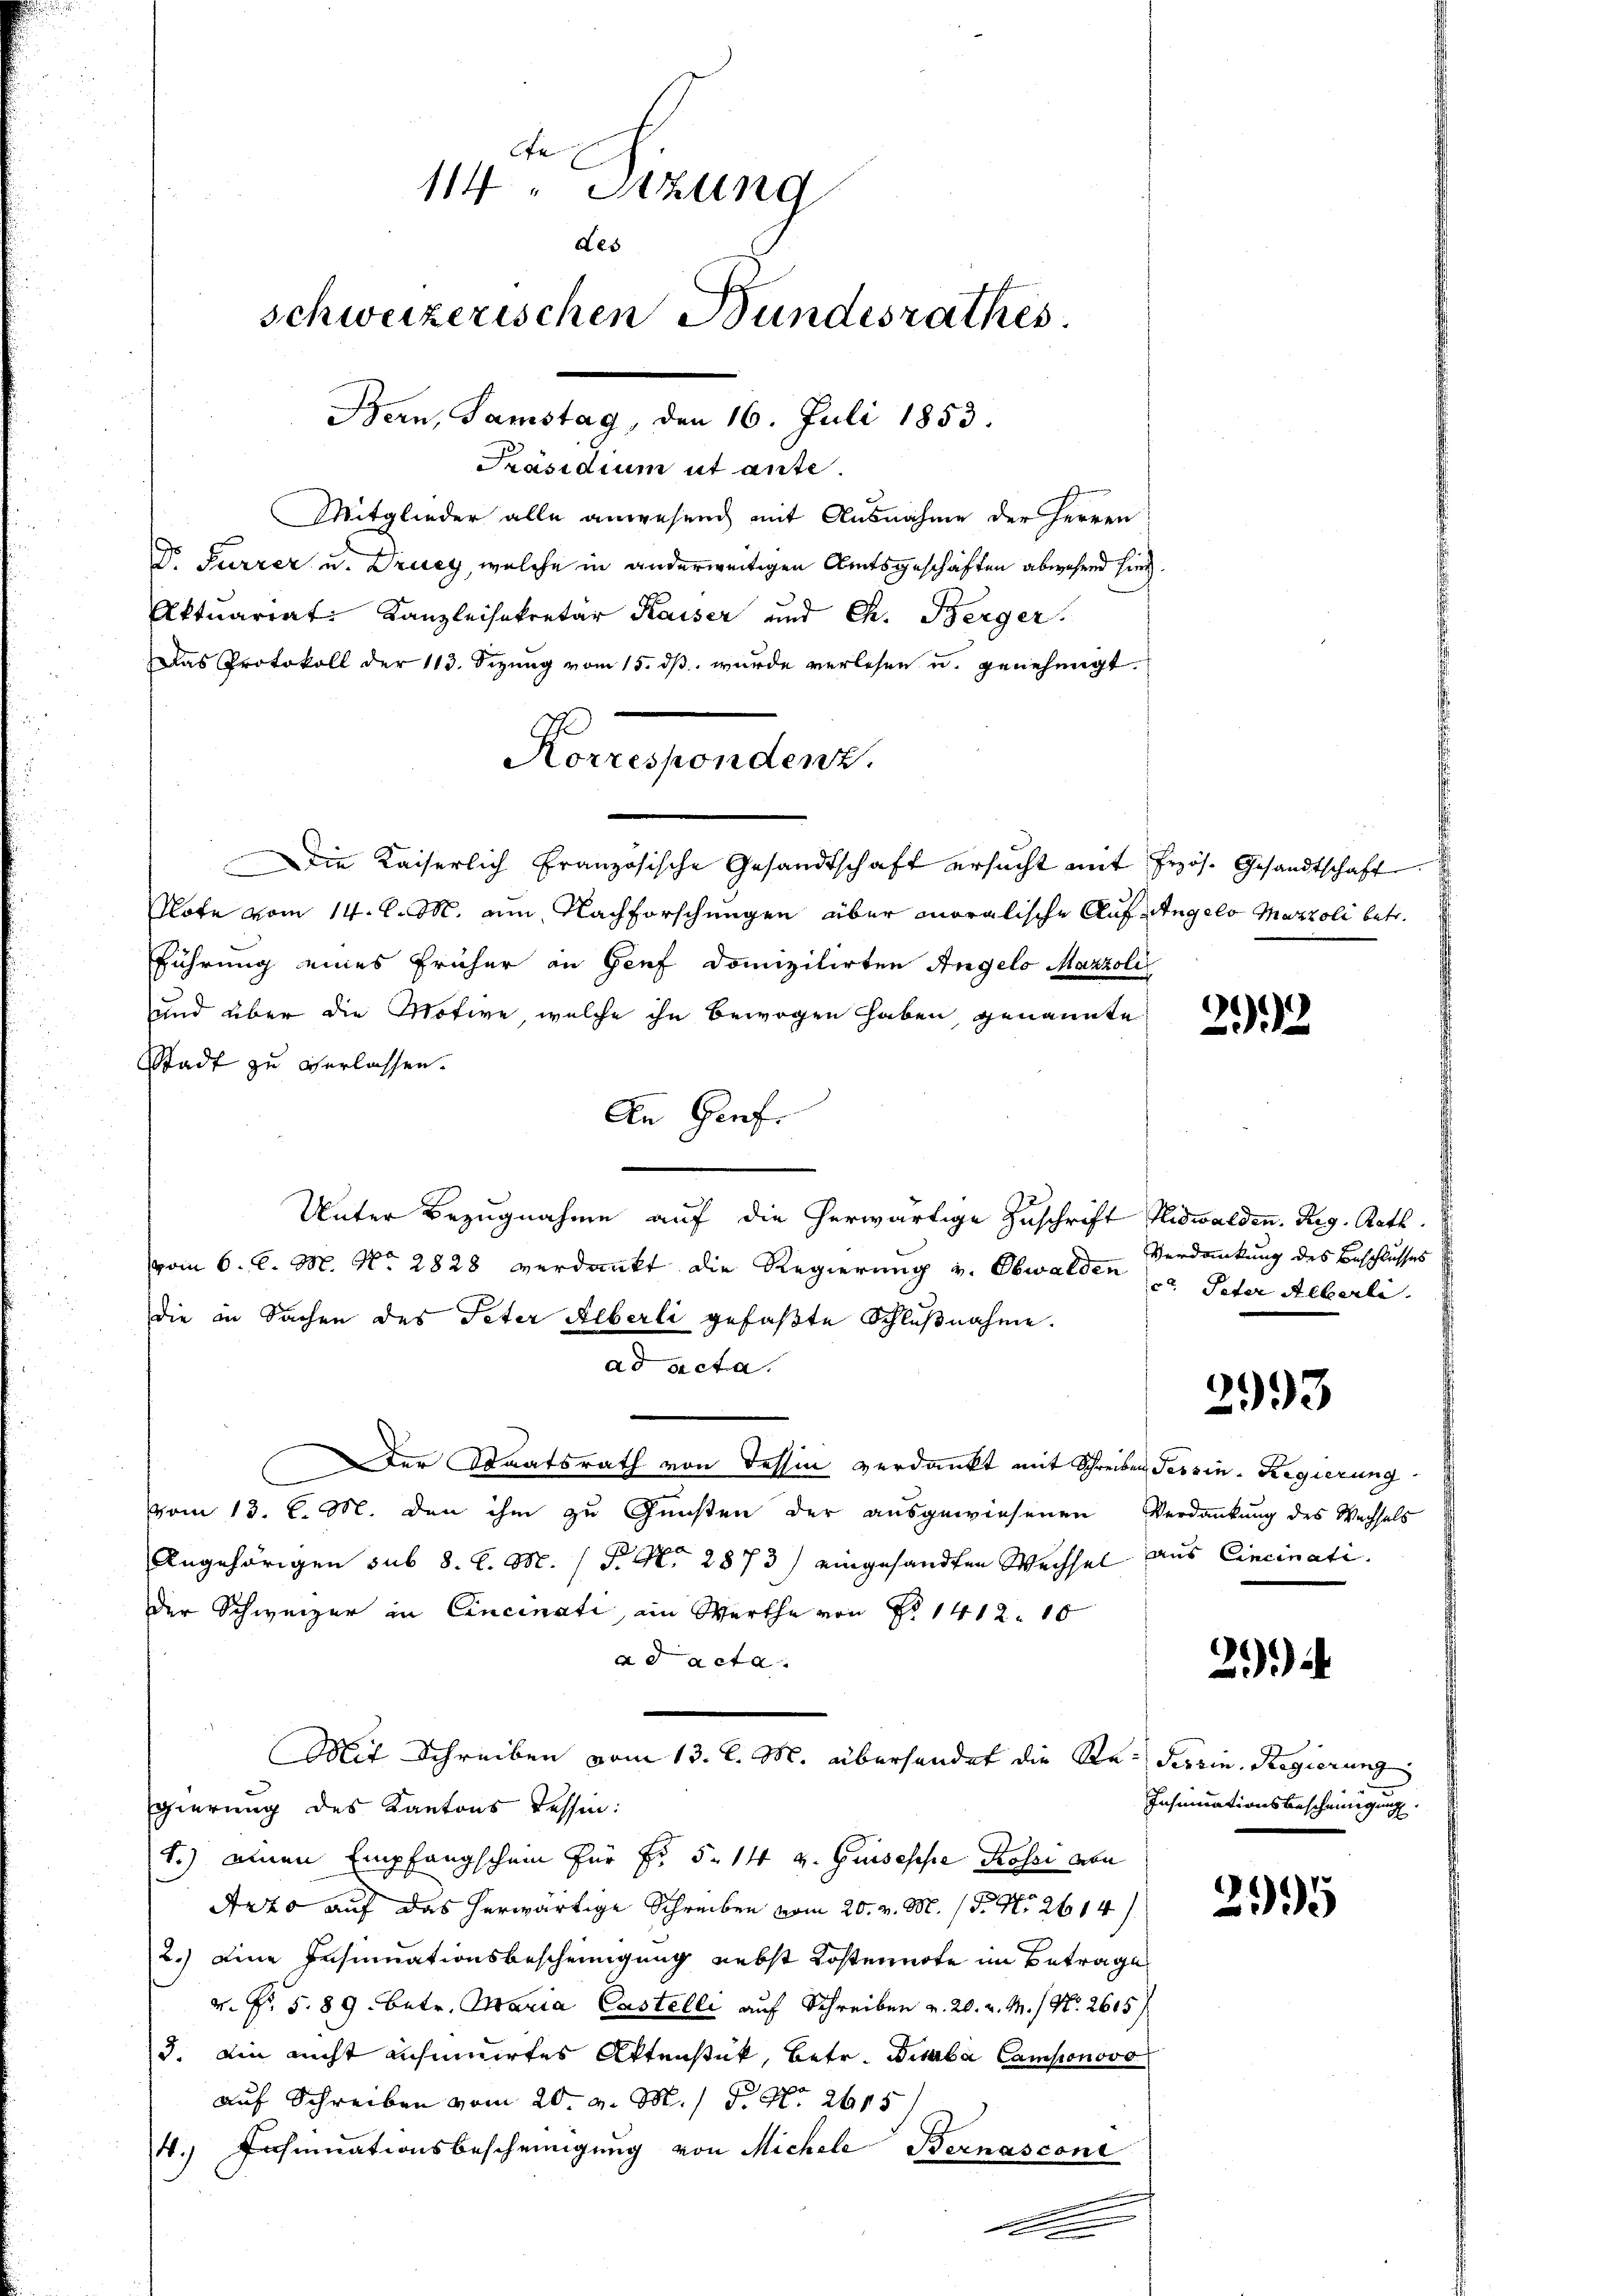
Präsidium ut ante.
Mitglieder alle anwesend mit Ausnahme der Herren
Dr. Furrer u. Druey, welche in anderweitigen Amtsgeschäften abwesend sind
Aktuariat Kanzleisekretär Kaiser und Ch. Berger.
das Protokoll der 113. Sizung vom 15. dß wurde verlesen u. genehmigt.
Note vom 14. d. M. am Nachforschungen über moralische Auf-Angelo Marzoli betr.
führung eines früher an Genf domizilirten Angelo Marzoll
und über die Motive, welche ihn bewogen haben, genannte
Stadt zu verlassen.
An Genf.
Unter Bezugnahme auf die herwärtige Zuschrift Nidwalden. Reg. Rath
vom 6. d. M. No. 2828 verdankt die Regierung v. Obwalden u Peter Alberli.
die in Sachen des Peter Alberli gefaßte Schlußnahme.
ad acta.
Der Staatsrath von Tessin verdankt mit Schreiben Tessin-Regierung
vom 13. l. M. den ihm zu Gunsten der ausgewiesenen Verdankung des Wachsels
Angehörigen sub 8. d. M. P. Nr. 2873) eingesandten Wechsel aus Cincinati
der Schweizer in Cincinati, ein Werthe von No 1412. 16
ad acta
Mit Schreiben vom 13. l. M. überhandet die Re-Terrin. Regierung
gierung des Kantons Tessin:
1.) einen Empfangschein für Fr. 5. 14 v. Guisesse Rossi von
Arto auf das herwärtige Schreiben vom 20. v. M. P. Nr. 2614
2.) eine Insinuationsbescheinigung nebst Kostennote im Betrage
v. Fr. 5. 89. betr. Maria Castelli auf Schreiben v. 20. v. M. / Nr. 2615)
3. Ein nicht ansinuirtes Aktenstück, betr. Braba Camponovo
auf Schreiben vom 20. v. M. / P. Nr. 2615
4.) Insinuationsbescheinigung von Michele Bernasconi
.

e
114 " Sitzung
des
schweizerischen Bundesrathes
Bern, Samstag, den 16. Juli 1853.

Korrespondenz.
Die Kaiserlich französische Gesandtschaft ersucht mit frzös. Gesandtschaft

.

22

Verdankung des Beschlusses

2993

2)

Insinuationsbescheinigung.

2995